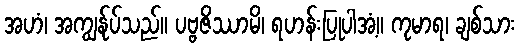
အဟံ၊ အကျွန်ုပ်သည်။ ပဗ္ဗဇိဿာမိ၊ ရဟန်းပြုပါအံ့။ ကုမာရ၊ ချစ်သား